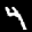
Label: 4